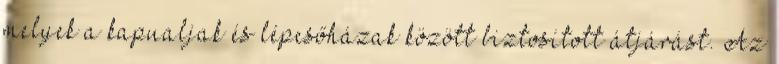
melyek a kapualjak és lépcsőházak között biztosított átjárást. Az